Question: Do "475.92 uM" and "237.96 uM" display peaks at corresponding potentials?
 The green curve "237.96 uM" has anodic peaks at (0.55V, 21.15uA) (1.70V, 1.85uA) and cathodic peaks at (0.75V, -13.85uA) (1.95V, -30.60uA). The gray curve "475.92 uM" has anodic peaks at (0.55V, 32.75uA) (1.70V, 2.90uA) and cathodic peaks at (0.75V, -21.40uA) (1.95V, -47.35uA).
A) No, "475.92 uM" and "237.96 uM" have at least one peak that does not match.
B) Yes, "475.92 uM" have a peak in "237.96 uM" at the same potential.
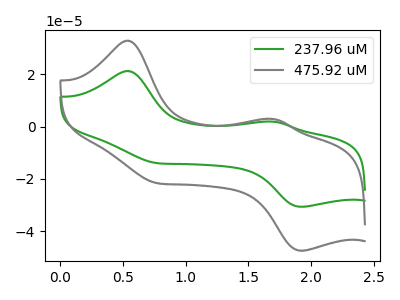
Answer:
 <answer>B) Yes, "475.92 uM" have a peak in "237.96 uM" at the same potential.</answer>
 <eval>B</eval>